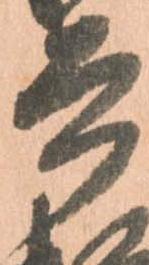
兵